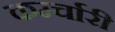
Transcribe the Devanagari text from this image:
कर्म्चारी